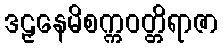
ဒဠှနေမိစက္ကဝတ္တိရာဇာ